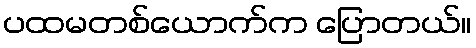
ပထမတစ်ယောက်က ပြောတယ်။